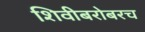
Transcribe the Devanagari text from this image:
शिवीबरोबरच